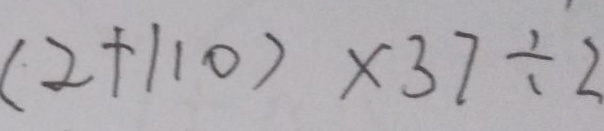
( 2 + 1 1 0 ) \times 3 7 \div 2